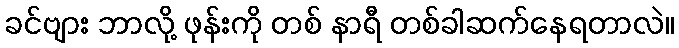
ခင်ဗျား ဘာလို့ ဖုန်းကို တစ် နာရီ တစ်ခါဆက်နေရတာလဲ။